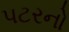
પટરનો